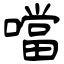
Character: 噹